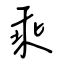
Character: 乘